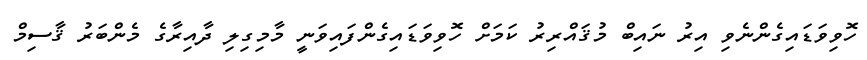
ހޮވިވަޑައިގެންނެވި އިރު ނައިބް މުޤައްރިރު ކަމަށް ހޮވިވަޑައިގެންފައިވަނީ މާމިގިލި ދާއިރާގެ މެންބަރު ޤާސިމް